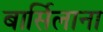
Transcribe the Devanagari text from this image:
बार्सिलाना